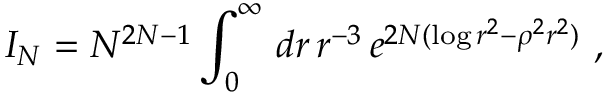
I _ { N } = N ^ { 2 N - 1 } \int _ { 0 } ^ { \infty } \, d r \, r ^ { - 3 } \, e ^ { 2 N ( \log r ^ { 2 } - \rho ^ { 2 } r ^ { 2 } ) } \ ,